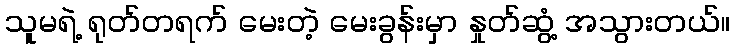
သူမရဲ့ ရုတ်တရက် မေးတဲ့ မေးခွန်းမှာ နှုတ်ဆွံ့ အသွားတယ်။